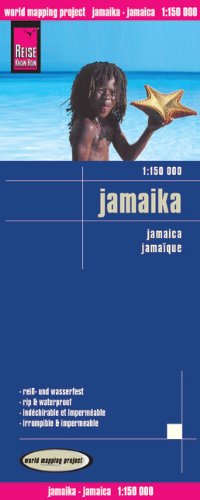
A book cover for Jamaica; Reise Know-How Verlag; Travel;